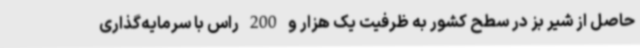
حاصل از شیر بز در سطح کشور به ظرفیت یک هزار و 200 راس با سرمایه‌گذاری